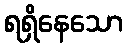
ရရှိနေသော